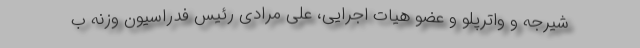
شیرجه و واترپلو و عضو هیات اجرایی، علی مرادی رئیس فدراسیون وزنه ب